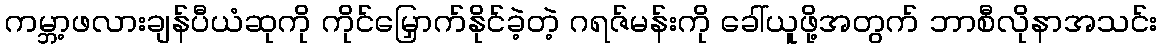
ကမ္ဘာ့ဖလားချန်ပီယံဆုကို ကိုင်မြှောက်နိုင်ခဲ့တဲ့ ဂရဇ်မန်းကို ခေါ်ယူဖို့အတွက် ဘာစီလိုနာအသင်း